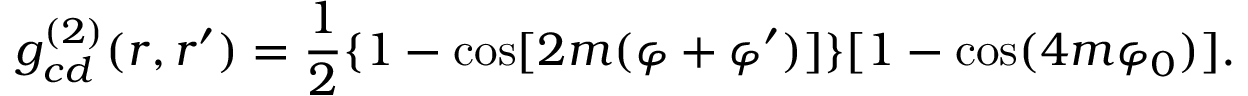
g _ { c d } ^ { ( 2 ) } ( \boldsymbol { r } , \boldsymbol { r } ^ { \prime } ) = \frac { 1 } { 2 } \{ 1 - \cos [ 2 m ( \varphi + \varphi ^ { \prime } ) ] \} [ 1 - \cos ( 4 m \varphi _ { 0 } ) ] .